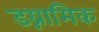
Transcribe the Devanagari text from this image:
डय्नामिक